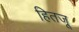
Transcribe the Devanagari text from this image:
हितजू